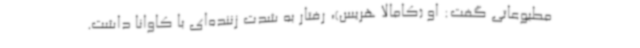
مطبوعاتی گفت: او (کامالا هریس)، رفتار به شدت زننده‌ای با کاوانا داشت.